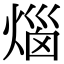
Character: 𤊲